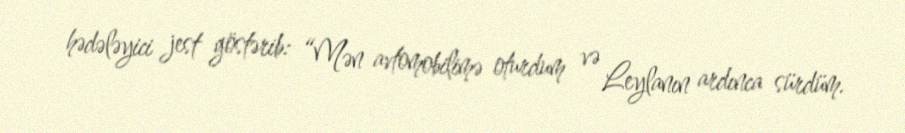
hədələyici jest göstərib: “Mən avtomobilimə oturdum və Leylanın ardınca sürdüm.